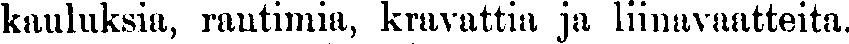
kauluksia, rantimia, kravattia ja liinavaatteita.